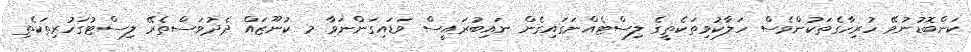
ކަންބޮޑުނުވޭ ހުރިހާގެތަކުންވެސް ހަލާކުވިތަކެތީގެ ލިސްޓެއްނަގައިގެން ނައިބުރައީސް ވަޑައިގަންނަވާ މ ކުނޫޒައް ދެދުވަސްތެރޭ ލިސްޓުގަހުރިތަކެތި